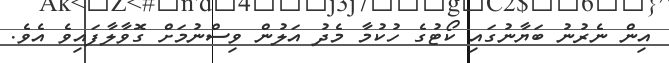
އިން ނެރުނު ބަޔާނުގައި ކޯޓުގެ ހުކުމާ މެދު އަލުން ވިސްނުމަށް ގޮވާލާފައިވެ އެވެ.